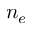
n _ { e }